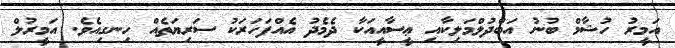
އަމީރު ހުޝާމް ބުނު އަބްދުލްމަލިކާއި ޢީސާއީއަކާ ދެމެދު އެއްފަހަރަކު ސަރިޔަތެއް ހިނގިއެވެ. އަމީރުލް